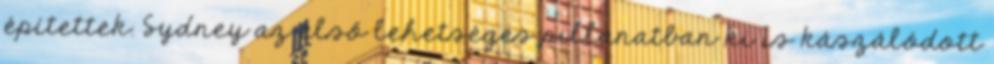
építettek. Sydney az első lehetséges pillanatban ki is kászálódott